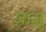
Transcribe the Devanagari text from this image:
ज़ाज़ू